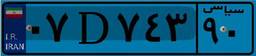
۵۵D۲۰۵۰۰